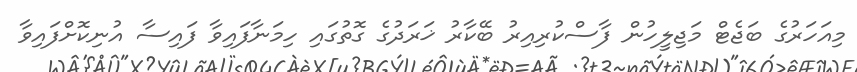
މިއަހަރުގެ ބަޖެޓް މަޖިލީހުން ފާސްކުރިއިރު ބޭކާރު ޚަރަދުގެ ގޮތުގައި ހިމަނާފައިވާ ފައިސާ އުނިކޮށްފައިވާ